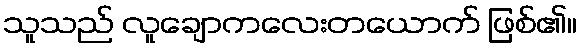
သူသည် လူချောကလေးတယောက် ဖြစ်၏။